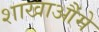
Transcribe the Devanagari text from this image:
शाखाऔंमे